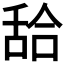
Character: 𦧛